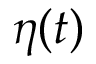
\eta ( t )